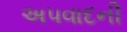
અપવાદની